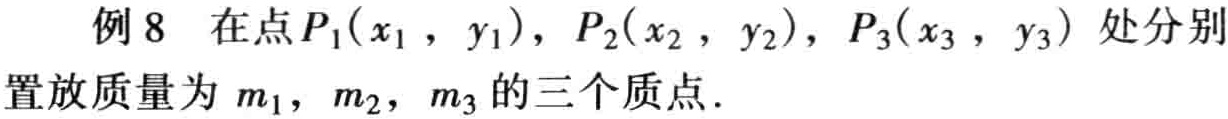
例 8 在点$P_1(x_1,y_1)$，$P_2(x_2,y_2)$，$P_3(x_3,y_3)$处分别置放质量为$m_1$，$m_2$，$m_3$的三个质点.